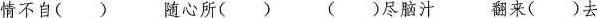
情不自() 随心所() ()尽脑汁 翻来()去